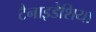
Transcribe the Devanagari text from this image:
टैनाइडेशिया